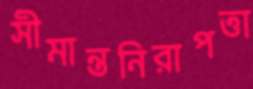
সীমান্তনিরাপত্তা